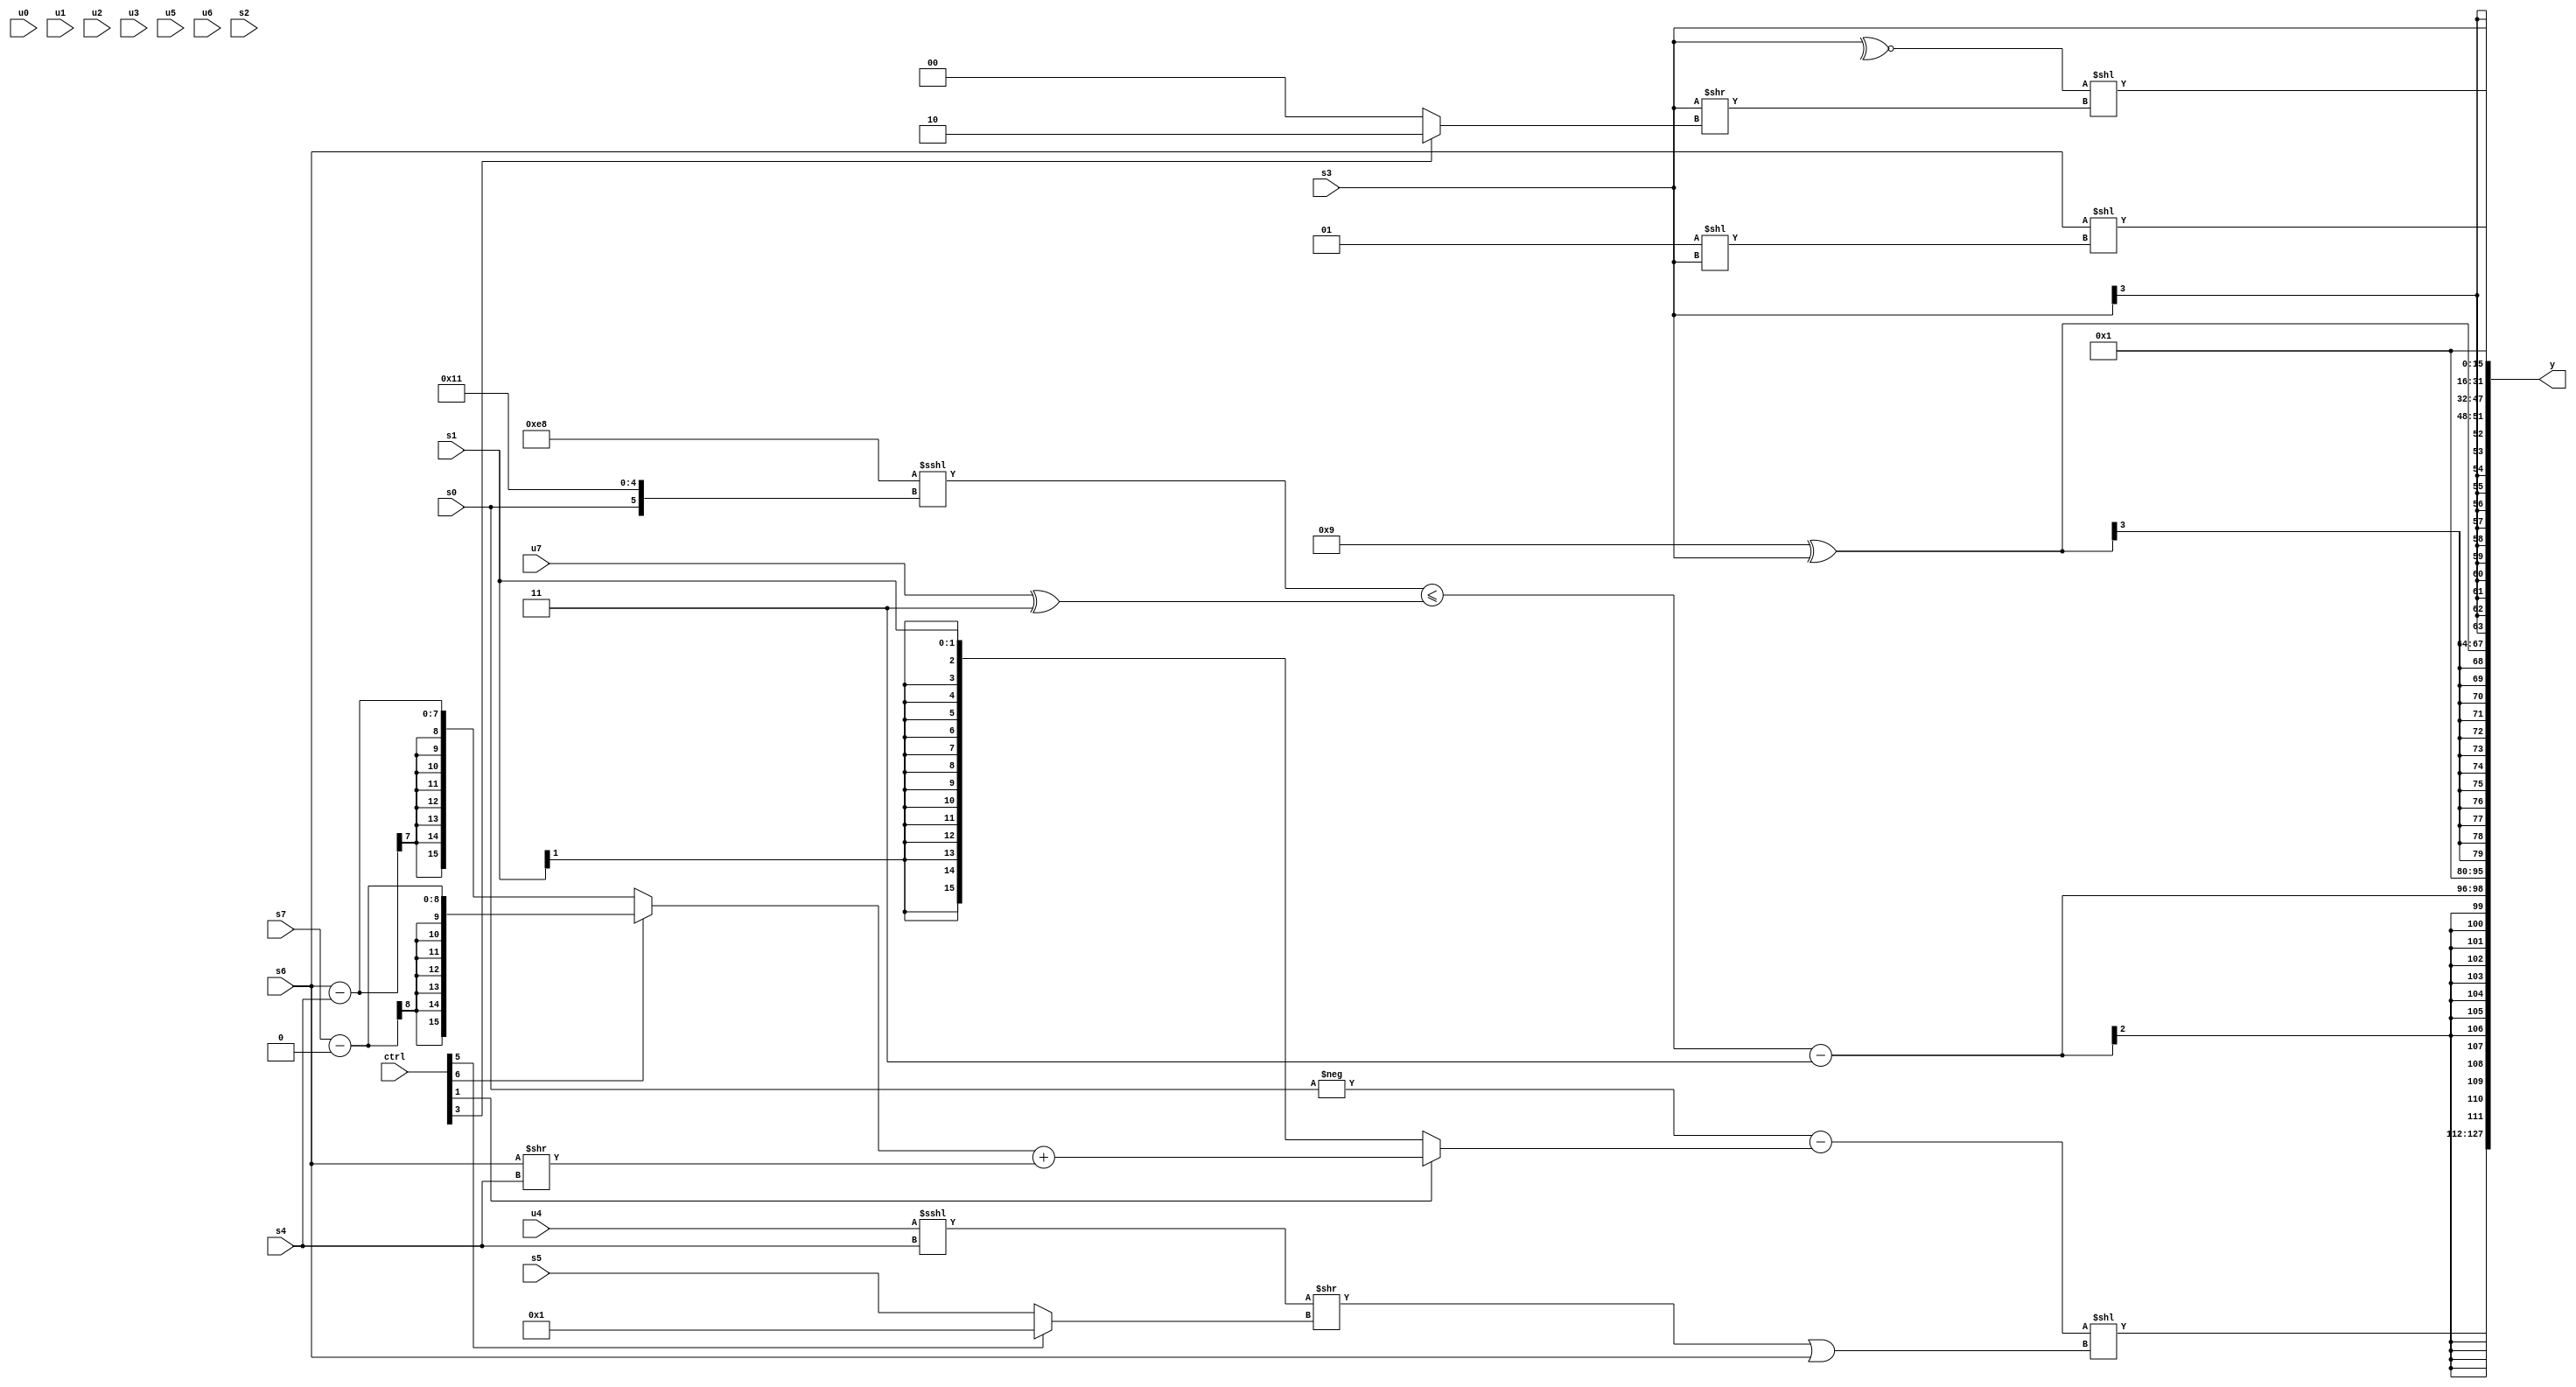
module wideexpr_00967(ctrl, u0, u1, u2, u3, u4, u5, u6, u7, s0, s1, s2, s3, s4, s5, s6, s7, y);
  input [7:0] ctrl;
  input [0:0] u0;
  input [1:0] u1;
  input [2:0] u2;
  input [3:0] u3;
  input [4:0] u4;
  input [5:0] u5;
  input [6:0] u6;
  input [7:0] u7;
  input signed [0:0] s0;
  input signed [1:0] s1;
  input signed [2:0] s2;
  input signed [3:0] s3;
  input signed [4:0] s4;
  input signed [5:0] s5;
  input signed [6:0] s6;
  input signed [7:0] s7;
  output [127:0] y;
  wire [15:0] y0;
  wire [15:0] y1;
  wire [15:0] y2;
  wire [15:0] y3;
  wire [15:0] y4;
  wire [15:0] y5;
  wire [15:0] y6;
  wire [15:0] y7;
  assign y = {y0,y1,y2,y3,y4,y5,y6,y7};
  assign y0 = ((-(s0))-((ctrl[1]?((ctrl[6]?(s7)-(1'sb0):(s6)-(s4)))+($signed((s6)>>(s4))):$signed($signed({1{s1}})))))<<(((($signed($signed(u4)))<<<(+(s4)))>>((ctrl[5]?5'b00001:$signed(s5))))|(s6));
  assign y1 = (+(((-(5'sb11000))<<<({s0,2'sb10,3'sb001}))<=(+((u7)^(3'sb011)))))-(2'sb11);
  assign y2 = 3'sb001;
  assign y3 = (4'sb1001)^(s3);
  assign y4 = $signed(s3);
  assign y5 = (s6)<<((2'sb01)<<(s3));
  assign y6 = ((($signed(~^(s3)))>>>(1'sb0))>>>($signed(4'sb1000)))<<((s3)>>($signed($unsigned((ctrl[3]?2'sb10:1'sb0)))));
  assign y7 = 2'sb01;
endmodule